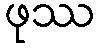
ဖုဿ